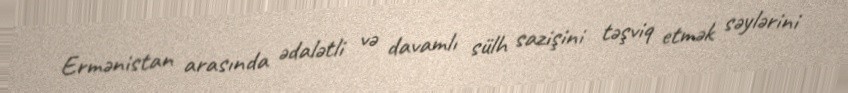
Ermənistan arasında ədalətli və davamlı sülh sazişini təşviq etmək səylərini